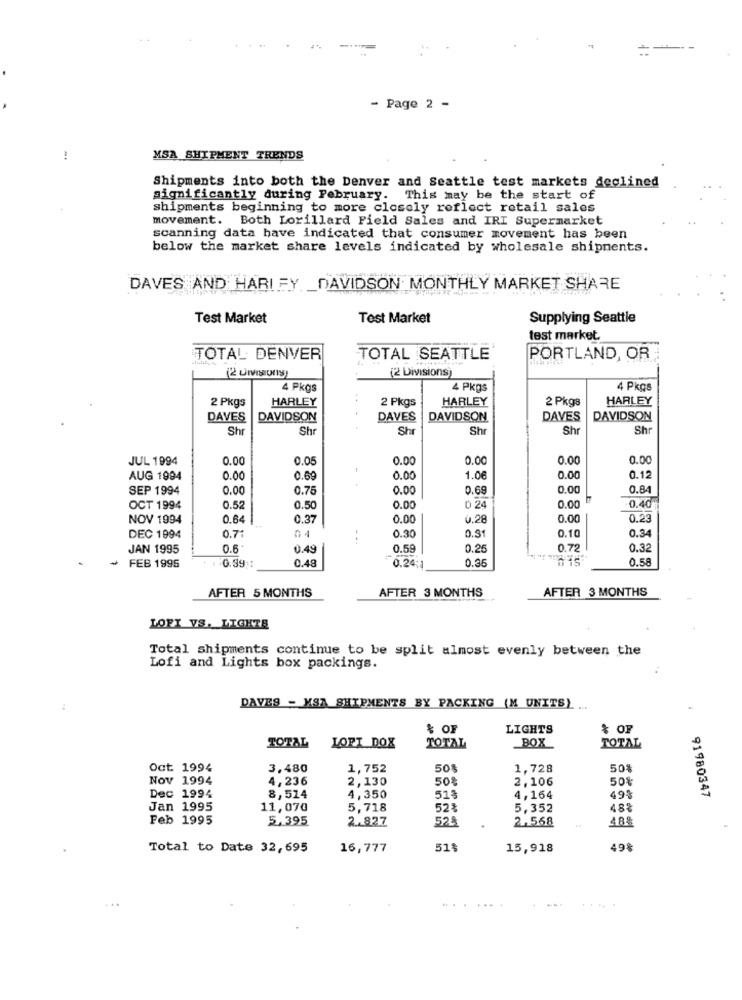
==----
- Page 2 -
MSA SHIPMENT TRENDS
Shipments into both the Denver and Seattle test markets declined
significantly during February. This may be the start of
shipments beginning to more closely reflect retail sales
movement. Both Lorillard Field Sales and IRI Supermarket
scanning data have indicated that consumer movement has been
below the market share levels indicated by wholesale shipments.
DAVES AND HARLEY DAVIDSON MONTHLY MARKET SHARE
Test Market
Test Market
Supplying Seattle
test market.
TOTAL DENVER
TOTAL SEATTLE
PORTLAND, OR
(2 Divisions)
4 Pkgs
4 Pkgs
4 Pkgs
HARLEY
2 Pkgs
HARLEY
2 Pkgs
HARLEY
2 Pkgs
DAVES
DAVIDSON
DAVES
DAVIDSON
DAVES
DAVIDSON
Shr
Shr
Shr
Shr
Shr
Shr
JUL 1994
0.00
0.05
0.00
0.0
0.00
0.00
AUG 1994
0.00
0.69
0.00
1.0
0.00
0.12
SEP 1994
0.00
0.78
0.00
0.6
0.00
0.84
0.00
OCT 1994
0.52
0.50
0.00
0 24
0.40
NOV 1994
0.64
0.3
0.00
0.2
0.00
0.23
01
DEC 1994
0.71
..
0.30
0.31
0.10
0.34
JAN 1995
0.6
0.49
0.59
0.25
0.72
0.32
0.36
0.58
+ FEB 1995
0.39
0.4
0.24:1
AFTER 5 MONTHS
AFTER 3 MONTHS
AFTER 3 MONTHS
LOFT VS. LIGHTS
Total shipments continue to be split almost evenly between the
Lofi and Lights box packings.
DAVES - MSA SHIPMENTS BY PACKING (M UNITS)
4
% OF
LIGHTS
% OF
BOX
TOTAL
LORI DOX
TOTAL
TOTAL
Oct 1994
3.480
1,752
50$
1,728
50%
Nov 1994
4,236
2,130
50%
2,106
50%
Dec 1994
8,514
4,350
51%
4, 164
91980347
Jan 1995
11,070
5,718
52%
5,352
483
Feb 1995
5.395
2.827
52%
2,568
488
Total to Date 32,695
16,777
51$
15,918
49%